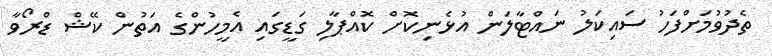
ތެދުވުމަށްފަހު ސައިކަލު ނައްޓާލަން އުޅެނިކޮށް ކޮއްޕާލި ގަޑީގައި އެމީހުންގެ އަތުން ކޭޝް ޑްރޯވާ